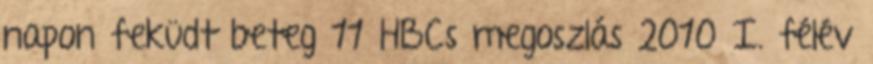
napon feküdt beteg 11 HBCs megoszlás 2010 I. félév